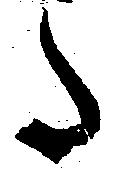
た